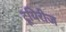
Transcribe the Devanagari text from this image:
टूयिरीज